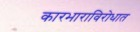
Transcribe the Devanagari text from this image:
कारभाराविरोधात